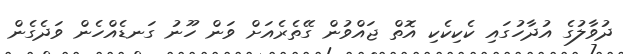
ދުވާލުގެ އުދާހުގައި ކެކިކެކި އޮތް ޖައްވުން ގޭތެރެއަށް ވަން ހޫނު ގަނޑެއްހެން ވަދެގެން